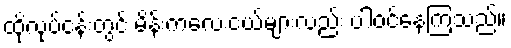
ထိုလုပ်ငန်းတွင် မိန်းကလေးငယ်များလည်း ပါဝင်နေကြသည်။